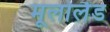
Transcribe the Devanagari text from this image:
मूलोलैंड